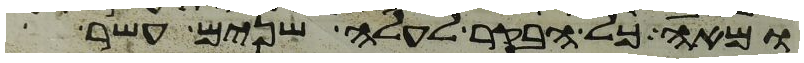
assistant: ומאה כל הבקר לעלה שנים עשר